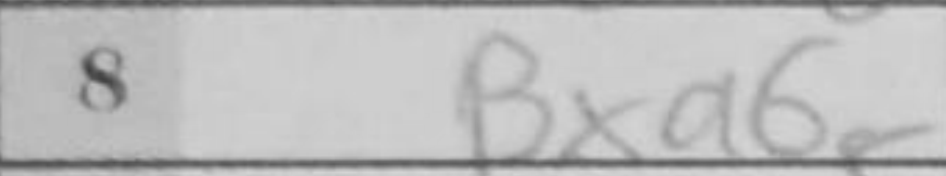
Transcription: Bxa6